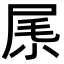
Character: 𡱵